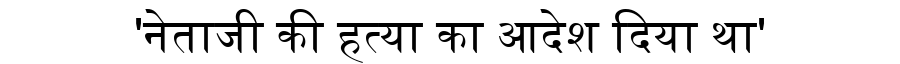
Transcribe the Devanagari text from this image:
'नेताजी की हत्या का आदेश दिया था'